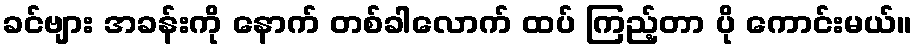
ခင်ဗျား အခန်းကို နောက် တစ်ခါလောက် ထပ် ကြည့်တာ ပို ကောင်းမယ်။